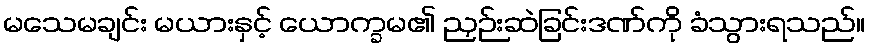
မသေမချင်း မယားနှင့် ယောက္ခမ၏ ညှဉ်းဆဲခြင်းဒဏ်ကို ခံသွားရသည်။